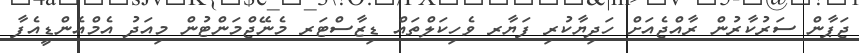
ޖަޕާން ސަރުކާރުން ރާއްޖެއަށް ހަދިޔާކުރި ފަޔާރ ވެހިކަލްތައް ޑިޒާސްޓަރ މެނޭޖްމަންޓުން މިއަދު އެމްއެންޑީއެފާ